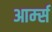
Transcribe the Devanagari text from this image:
आर्म्‍स